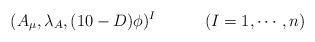
\begin{align*}(A_\mu,\lambda_A,(10 -D)\phi)^I \qquad \quad (I=1,\cdots,n)\end{align*}